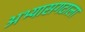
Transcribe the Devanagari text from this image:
अभ्यासगटाला